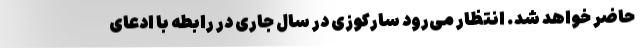
حاضر خواهد شد. انتظار می‌رود سارکوزی در سال جاری در رابطه با ادعای